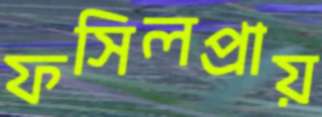
ফসিলপ্রায়